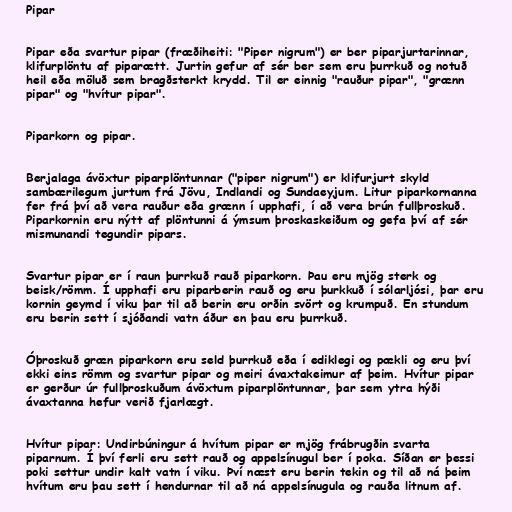
Pipar

Pipar eða svartur pipar (fræðiheiti: "Piper nigrum") er ber piparjurtarinnar,
klifurplöntu af piparætt. Jurtin gefur af sér ber sem eru þurrkuð og notuð
heil eða möluð sem bragðsterkt krydd. Til er einnig "rauður pipar", "grænn
pipar" og "hvítur pipar".

Piparkorn og pipar.

Berjalaga ávöxtur piparplöntunnar ("piper nigrum") er klifurjurt skyld
sambærilegum jurtum frá Jövu, Indlandi og Sundaeyjum. Litur piparkornanna
fer frá því að vera rauður eða grænn í upphafi, í að vera brún fullþroskuð.
Piparkornin eru nýtt af plöntunni á ýmsum þroskaskeiðum og gefa því af sér
mismunandi tegundir pipars.

Svartur pipar er í raun þurrkuð rauð piparkorn. Þau eru mjög sterk og
beisk/römm. Í upphafi eru piparberin rauð og eru þurkkuð í sólarljósi, þar eru
kornin geymd í viku þar til að berin eru orðin svört og krumpuð. En stundum
eru berin sett í sjóðandi vatn áður en þau eru þurrkuð.

Óþroskuð græn piparkorn eru seld þurrkuð eða í ediklegi og pækli og eru því
ekki eins römm og svartur pipar og meiri ávaxtakeimur af þeim. Hvítur pipar
er gerður úr fullþroskuðum ávöxtum piparplöntunnar, þar sem ytra hýði
ávaxtanna hefur verið fjarlægt.

Hvítur pipar: Undirbúningur á hvítum pipar er mjög frábrugðin svarta
piparnum. Í því ferli eru sett rauð og appelsínugul ber í poka. Síðan er þessi
poki settur undir kalt vatn í viku. Því næst eru berin tekin og til að ná þeim
hvítum eru þau sett í hendurnar til að ná appelsínugula og rauða litnum af.